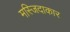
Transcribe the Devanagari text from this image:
मस्जिदाकार